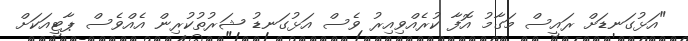
"އަޅުގަނޑަށް ރައީސް މަގާމު އޮފާ ކުރެއްވިއިރު ވެސް އަޅުގަނޑު ޝަރުތުކުރިން އެއްވެސް ޕާޓީއަކަށް